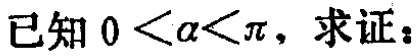
已知 \(0 < \alpha<\pi\)，求证：